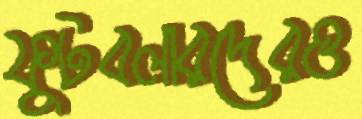
ফুটবলারদেরও